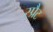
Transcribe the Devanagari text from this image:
स्प्रैट